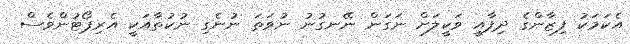
އެކަމަކު ފިޒާންގެ ދިފާއީ ވަކީލަށް ނަގަން ނޭނގުނު ނުވަތަ ނުނެގި ނުކުތާއަކީ އެރިޕޯޓުންވެސް